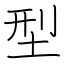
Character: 型